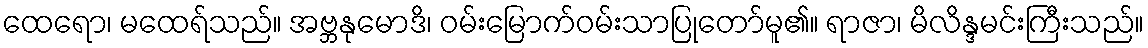
ထေရော၊ မထေရ်သည်။ အဗ္ဘနုမောဒိ၊ ဝမ်းမြောက်ဝမ်းသာပြုတော်မူ၏။ ရာဇာ၊ မိလိန္ဒမင်းကြီးသည်။